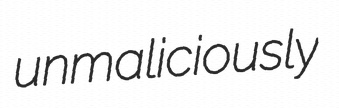
unmaliciously